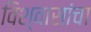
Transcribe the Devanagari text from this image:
विश्वासांचा